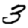
Digit: 3